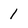
Character: 1